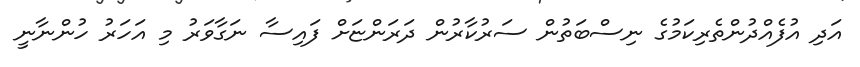
އަދި އުފެއްދުންތެރިކަމުގެ ނިސްބަތުން ސަރުކާރުން ދަރަންޏަށް ފައިސާ ނަގާވަރު މި އަހަރު ހުންނާނީ